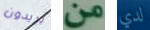
يريدون من لدي